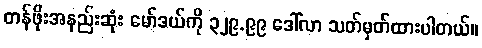
တန်ဖိုးအနည်းဆုံး မော်ဒယ်ကို ၃၂၉.၉၉ ဒေါ်လာ သတ်မှတ်ထားပါတယ်။